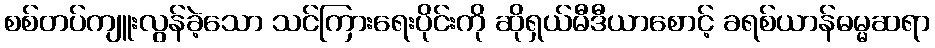
စစ်တပ်ကျူးလွန်ခဲ့သော သင်ကြားရေးပိုင်းကို ဆိုရှယ်မီဒီယာစောင့် ခရစ်ယာန်ဓမ္မဆရာ